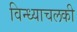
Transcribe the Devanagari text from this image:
विन्ध्याचलकी